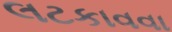
લટકાવવા